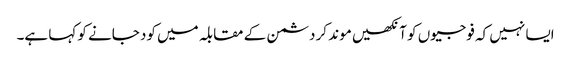
ایسا نہیں کہ فوجیوں کو آنکھیں موند کر دشمن کے مقابلہ میں کود جانے کو کہا ہے۔